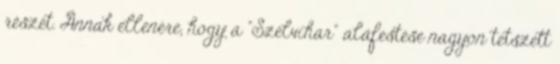
részét. Annak ellenére, hogy a "Szélvihar" aláfestése nagyon tetszett